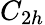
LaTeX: C_{2h}